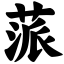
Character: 蒎